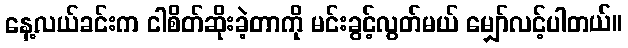
နေ့လယ်ခင်းက ငါစိတ်ဆိုးခဲ့တာကို မင်းခွင့်လွတ်မယ် မျှော်လင့်ပါတယ်။